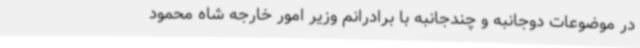
در موضوعات دوجانبه و چندجانبه با برادرانم وزیر امور خارجه شاه محمود